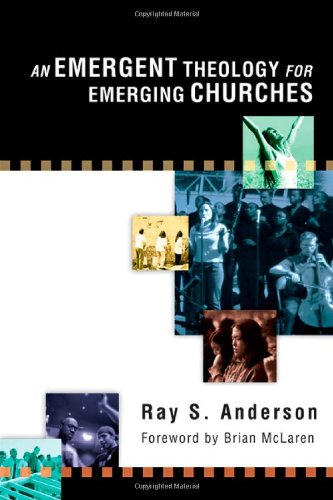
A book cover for An Emergent Theology for Emerging Churches; Ray S. Anderson; Christian Books & Bibles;